Insane asylums Bombay 1873-77 - 1873-1877
Year: 1873
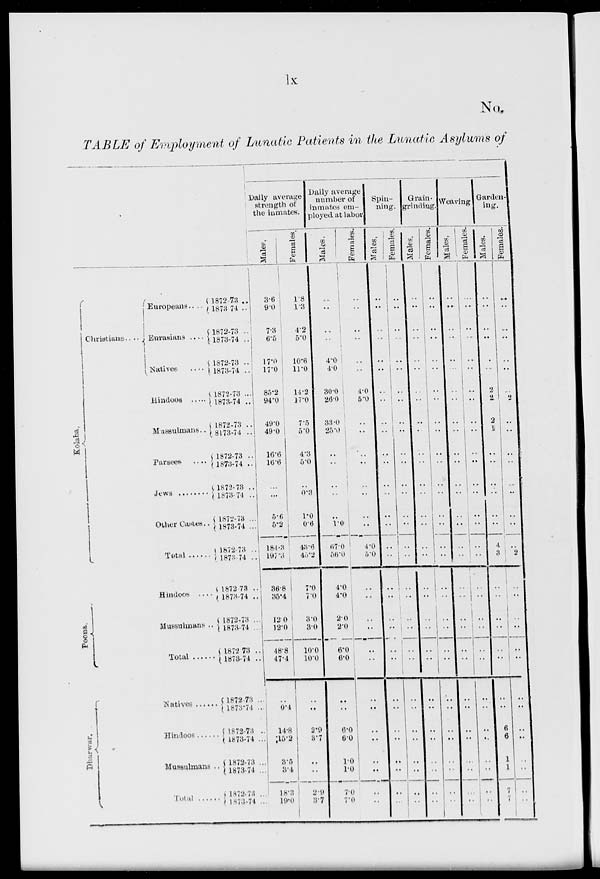
lx
No.
TABLE of Employment of Lunatic Patients in the Lunatic Asylums of
Kolaba.
Poona.
Dharwar.
Christians.. ..
Europeans...
Eurasians ....
Native
....
Hindoos .. ..
M assulmans..
Parsees .. ..
Jews
.......
Other Castes..
Total
Hindoos ....
Mussulmans ..
Total ......
Natives
Hindoos
Mussulmans .
Total
1872-73 ..
1873-74 ..
1872-73 ..
1873-74 ..
1872-73 ..
1873-74 ..
1872-73 ...
1873-74 ..
1872-73 ..
1873-74 ..
1872-73 ..
1873-74 ..
1872-73 ..
1873-74 ..
1872-73 ...
1873-74 ...
1872-73 ..
1873-74 ..
1872-73 ..
1873-74 ..
1872-73 ...
1873-74 ...
1872-73 ..
1873-74 ..
1872-73 ..
1873-74 ..
1872-73 ..
1873-74 ..
1872-73 ..
1873-74 ..
1872-73 ..
1873-74 ..
Daily average
strength of
the inmates.
Males.
3.6
9.0
7.3
6.5
17.0
17.0
85.2
94.0
49.0
49.0
16.6
16.6
..
...
5.6
5.2
184.3
197.3
36.8
35.4
12.0
12.0
48.8
47.4
..
0.4
14.8
15.2
3.5
3.4
18.3
19.0
Females.
1.8
1.3
4.2
5.0
10.6
11.0
14.2
17.0
7.5
5.0
4.3
5.0
..
0.3
1.0
0.6
43.6
45.2
7.0
7.0
3.0
3.0
10.0
10.0
..
..
2.9
3.7
..
..
2.9
3.7
Daily average
number of
in mates em-
ployed at labor
Males.
..
..
..
..
4.0
4.0
30.0
26.0
33.0
25.0
..
..
..
..
..
1.0
67.0
56.0
4.0
4.0
2.0
2.0
6.0
6.0
..
..
6.0
6.0
1.0
1.0
7.0
7.0
Females.
..
..
..
..
..
..
4.0
5.0
..
..
..
..
..
..
..
..
4.0
5.0
..
..
..
..
..
..
..
..
..
..
..
..
..
..
Spin-
ning.
Males.
..
..
..
..
..
..
..
..
..
..
..
..
..
..
..
..
..
..
..
..
..
..
..
..
..
..
..
..
..
..
..
..
Females.
..
..
..
..
..
..
..
..
..
..
..
..
..
..
..
..
..
..
..
..
..
..
..
..
.. ..
..
..
..
..
..
..
Graín-
grindin
Males.
..
..
..
..
..
..
..
..
..
..
..
..
..
..
..
..
..
..
..
..
..
..
..
..
..
..
..
..
..
..
..
..
Females.
..
..
..
..
..
..
..
..
..
..
..
..
..
..
..
..
..
..
..
..
..
..
..
..
..
..
..
..
..
..
..
..
Weaving
Males.
..
..
..
..
..
..
..
..
..
..
..
..
..
..
..
..
..
..
..
..
..
..
..
..
..
..
..
..
..
..
..
..
Females.
..
..
..
..
..
..
..
..
..
..
..
..
..
..
..
..
..
..
..
..
..
..
..
..
..
..
..
..
..
..
..
..
Garden-
ing.
Males.
..
..
..
..
..
...
2
2
2
1
..
..
..
..
..
..
4
3
..
..
..
..
..
..
..
..
6
6
1
1
7
7
Females.
..
..
..
..
..
..
..
2
..
..
..
..
..
..
..
..
..
2
..
..
..
..
..
..
..
..
..
..
..
..
..
..